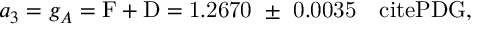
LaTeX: a _ { 3 } = g _ { A } = \mathrm { { F + D } = 1 . 2 6 7 0 ~ \pm ~ 0 . 0 0 3 5 ~ ~ \ c i t e { P D G } , }